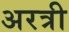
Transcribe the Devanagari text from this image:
अरत्री